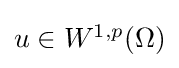
{\textstyle u\in W^{1,p}(\Omega )}